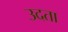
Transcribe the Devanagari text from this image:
उदता